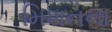
મિશનના